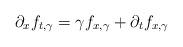
LaTeX: \begin{align*}\partial_x f_{t,\gamma}=\gamma f_{x,\gamma}+\partial_t f_{x,\gamma}\end{align*}